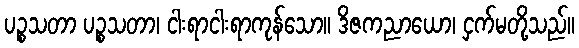
ပဉ္စသတာ ပဉ္စသတာ၊ ငါးရာငါးရာကုန်သော။ ဒိဇကညာယော၊ ငှက်မတို့သည်။